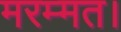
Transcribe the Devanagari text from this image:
मरम्मत।